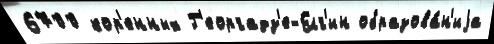
6700 кор'енных Г'еоргадз'е-Елг'ин образова́н'иjа